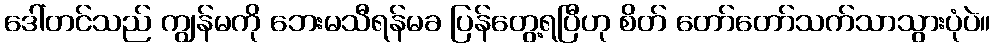
ဒေါ်တင်သည် ကျွန်မကို ဘေးမသီရန်မခ ပြန်တွေ့ရပြီဟု စိတ် တော်တော်သက်သာသွားပုံပဲ။